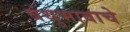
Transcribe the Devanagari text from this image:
बंधुभावाचे